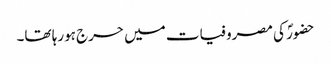
حضورؐ کی مصروفیات میں حرج ہورہا تھا۔